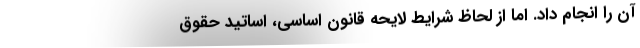
آن را انجام داد. اما از لحاظ شرایط لایحه قانون اساسی، اساتید حقوق